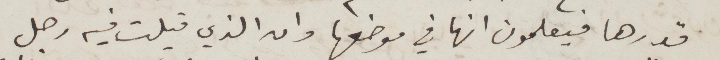
قدرها فيعلمون انها في موضعها وان الذي قيلت فيه رجل